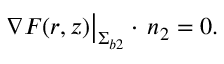
\nabla F ( r , z ) \big | _ { { \upSigma } _ { b 2 } } \cdot \, \boldsymbol { n } _ { 2 } = 0 .